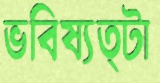
ভবিষ্যত্টা